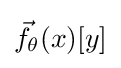
{\vec {f}}_{\theta }(x)[y]